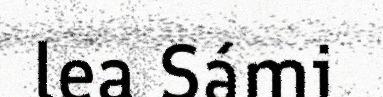
lea Sámi